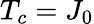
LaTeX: T_{c}={{J}_{0}}